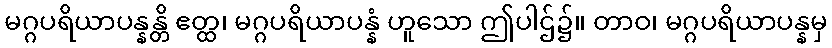
မဂ္ဂပရိယာပန္နန္တိ ဧတ္ထ၊ မဂ္ဂပရိယာပန္နံ ဟူသော ဤပါဌ်၌။ တာဝ၊ မဂ္ဂပရိယာပန္နမှ